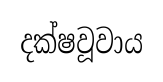
දක්ෂවූවාය